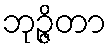
ဘုဉ္ဇိတာ